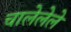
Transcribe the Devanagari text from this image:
चालेलेले